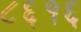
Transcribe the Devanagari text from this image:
८६१६